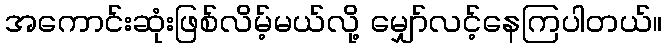
အကောင်းဆုံးဖြစ်လိမ့်မယ်လို့ မျှော်လင့်နေကြပါတယ်။